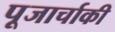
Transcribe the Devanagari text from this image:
पूजार्चाकी